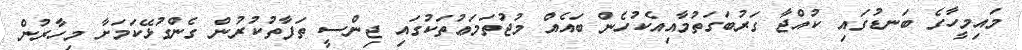
މައިމީހާގެ ބަނޑުގައި ކުއްޖާ ގަރުބަގަތުމާއިއެކުހެން ބައެއް މުޖުތަމަޢުތަކުގައި ޖިންސީ ތަފާތުކުރުން ގެންގުޅޭކަމަށާ މިހާރުން